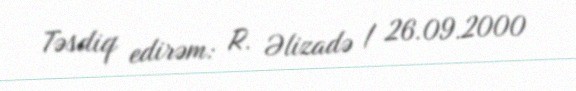
Təsdiq edirəm: R. Əlizadə / 26.09.2000